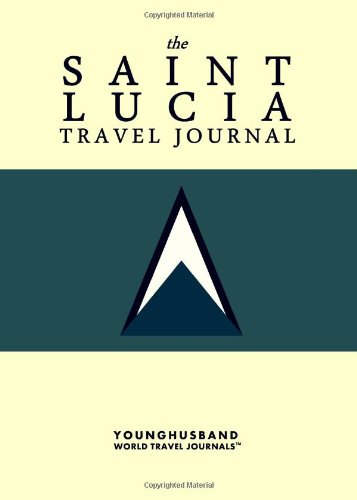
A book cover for The Saint Lucia Travel Journal; Younghusband World Travel Journals; Travel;